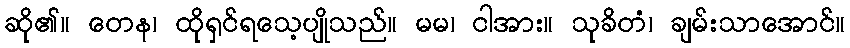
ဆို၏။ တေန၊ ထိုရှင်ရသေ့ပျိုသည်။ မမ၊ ငါအား။ သုခိတံ၊ ချမ်းသာအောင်။